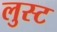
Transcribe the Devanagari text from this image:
लुस्ट